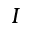
I